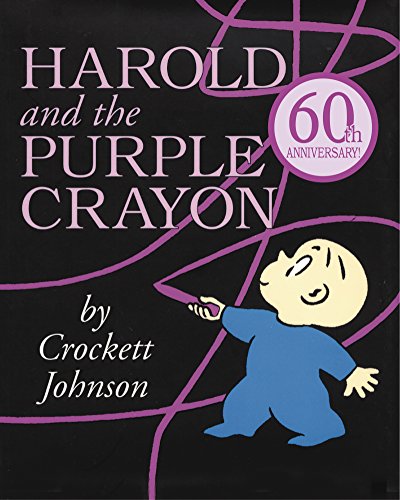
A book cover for Harold and the Purple Crayon; Crockett Johnson; Literature & Fiction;